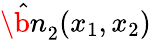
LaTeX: \hat{\b{n}}_{2}(x_{1},x_{2})